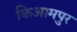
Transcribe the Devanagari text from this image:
किआमपुर